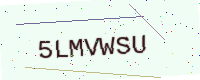
Text: 5LMVWSU